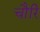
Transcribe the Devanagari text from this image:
चौरि